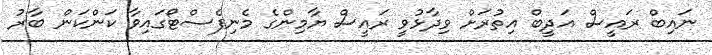
ނައިބް ރައީސް އަދީބް އިތުރަށް ވިދާޅުވީ ރައީސް ޔާމިންގެ މެނިފެސްޓޯގައިވާ ކަންކަން ބާރު